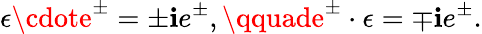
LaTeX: \epsilon\cdote^{\pm}=\pm\mathbf{i}e^{\pm},\qquade^{\pm}\cdot\epsilon=\mp\mathbf{i}e^{\pm}.